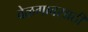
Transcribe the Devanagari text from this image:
बेळगावसाठी